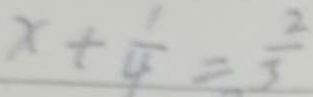
x + \frac { 1 } { 4 } = \frac { 2 } { 3 }